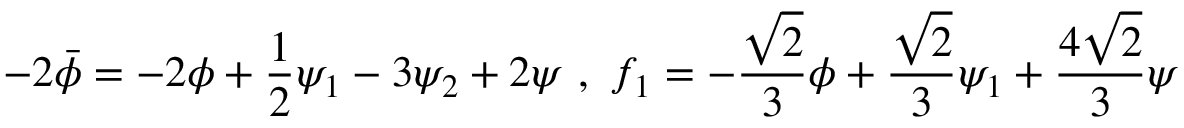
- 2 \bar { \phi } = - 2 \phi + \frac { 1 } { 2 } \psi _ { 1 } - 3 \psi _ { 2 } + 2 \psi \ , \ f _ { 1 } = - \frac { \sqrt { 2 } } { 3 } \phi + \frac { \sqrt { 2 } } { 3 } \psi _ { 1 } + \frac { 4 \sqrt { 2 } } { 3 } \psi